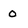
Character: 0